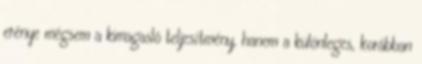
erénye mégsem a kimagasló teljesítmény, hanem a különleges, korábban